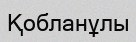
Қобланұлы